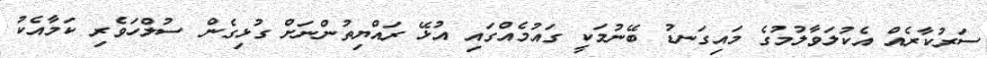
ސަރުކާރެއް އެކުލަވާލުމުގެ މައިގަނޑު ބޭނުމަކީ ގައުމެއްގައި އުޅޭ ރައްޔިތުންނަށް ގުޅިގެން ސުލްހަވެރި ކަމާއެކު